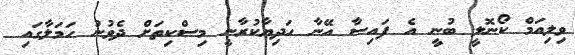
ވިލިއަމް ކޯނޮލީ ބުނީ އެ ފައިސާ އޭނާ ހަދިޔާކުރާނީ މިސްކިތަށް ދެވުނު ހަމަލާގައި